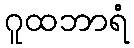
ဂူထဘာရံ